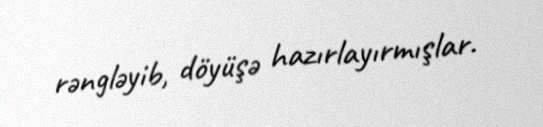
rəngləyib, döyüşə hazırlayırmışlar.